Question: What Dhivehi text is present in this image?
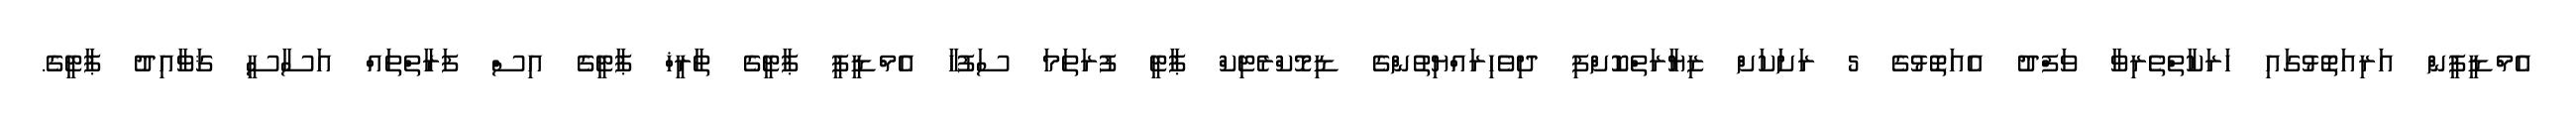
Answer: އެމްޑީޕީން އަރިއަތޮޅުގައި ހަރަކާތްތެރިވާ ވަފްދު އެއަތޮޅުގެ 5 ރަށަކަށް ޒިޔާރަތްކޮށްފި ދިވެހިރައްޔިތުންގެ ޑިމޮކްރެޓިކް ޕާޓީ ފުރަތަމަ ސަފުހާ އެމްޑީޕީ ޕާޓީގެ ތާރީޚް ޕާޓީގެ އިސް ފަރާތްތައް އަސާސީ ޤަވާއިދު ޕާޓީގެ.